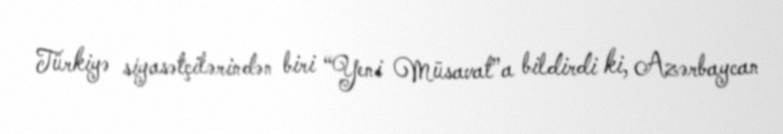
Türkiyə siyasətçilərindən biri “Yeni Müsavat”a bildirdi ki, Azərbaycan